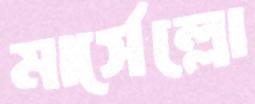
মার্সেল্লো